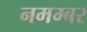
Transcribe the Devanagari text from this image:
नमम्बर